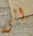
الى